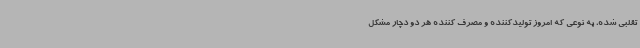
تقلبی شده، به نوعی که امروز تولیدکننده و مصرف کننده هر دو دچار مشکل